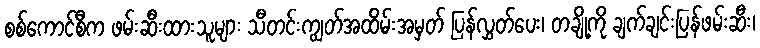
စစ်ကောင်စီက ဖမ်းဆီးထားသူများ သီတင်းကျွတ်အထိမ်းအမှတ် ပြန်လွှတ်ပေး၊ တချို့ကို ချက်ချင်းပြန်ဖမ်းဆီး၊